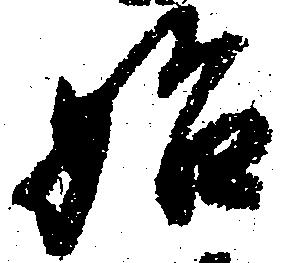
始